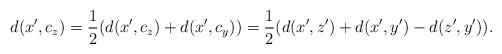
LaTeX: \begin{align*}d(x',c_z)=\frac{1}{2}(d(x',c_z)+d(x',c_y))=\frac{1}{2}(d(x',z')+d(x',y')-d(z',y')).\end{align*}